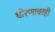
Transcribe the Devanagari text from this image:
धोरणावरही